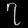
Digit: ၇